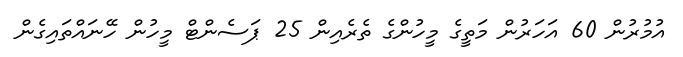
އުމުރުން 60 އަހަރުން މަތީގެ މީހުންގެ ތެރެއިން 25 ޕަސެންޓް މީހުން ހޭނައްތައިގެން